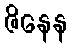
ဇိနေန